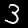
Digit: 3